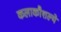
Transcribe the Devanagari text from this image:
कलाकौशल्ये